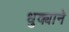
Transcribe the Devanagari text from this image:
धुक्याने